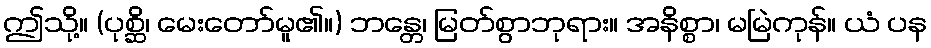
ဤသို့။ (ပုစ္ဆိ၊ မေးတော်မူ၏။) ဘန္တေ၊ မြတ်စွာဘုရား။ အနိစ္စာ၊ မမြဲကုန်။ ယံ ပန